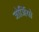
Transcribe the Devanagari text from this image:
जोर्जियो